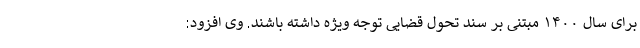
برای سال ۱۴۰۰ مبتنی بر سند تحول قضایی توجه ویژه داشته باشند. وی افزود: